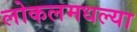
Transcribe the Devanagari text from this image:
लोकलमधल्या